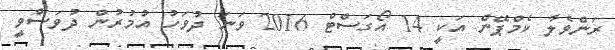
ރަންވެލާ ކެމްޕޭން އަކީ 14 އޯގަސްޓް 2016 ވަނަ ދުވަހު އުމުރުން ދުވަސްވީ